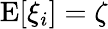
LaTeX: \mathrm{E}[\xi_{i}]=\zeta